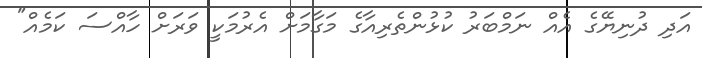
އަދި ދުނިޔޭގެ އެއް ނަމްބަރު ކުޅުންތެރިއާގެ މަގާމަށް އެރުމަކީ ވަރަށް ހާއްސަ ކަމެއް"